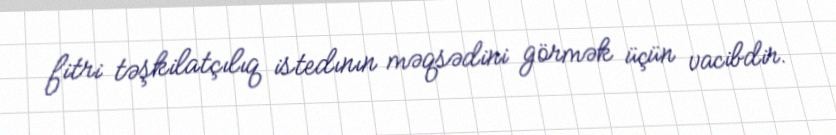
fitri təşkilatçılıq istedının məqsədini görmək üçün vacibdir.